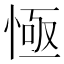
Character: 㥛